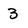
Character: 3